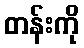
တန်းကို